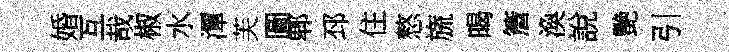
婚互哉椒水潭芙圖郫邳住憗旒暍簷渙說艷引